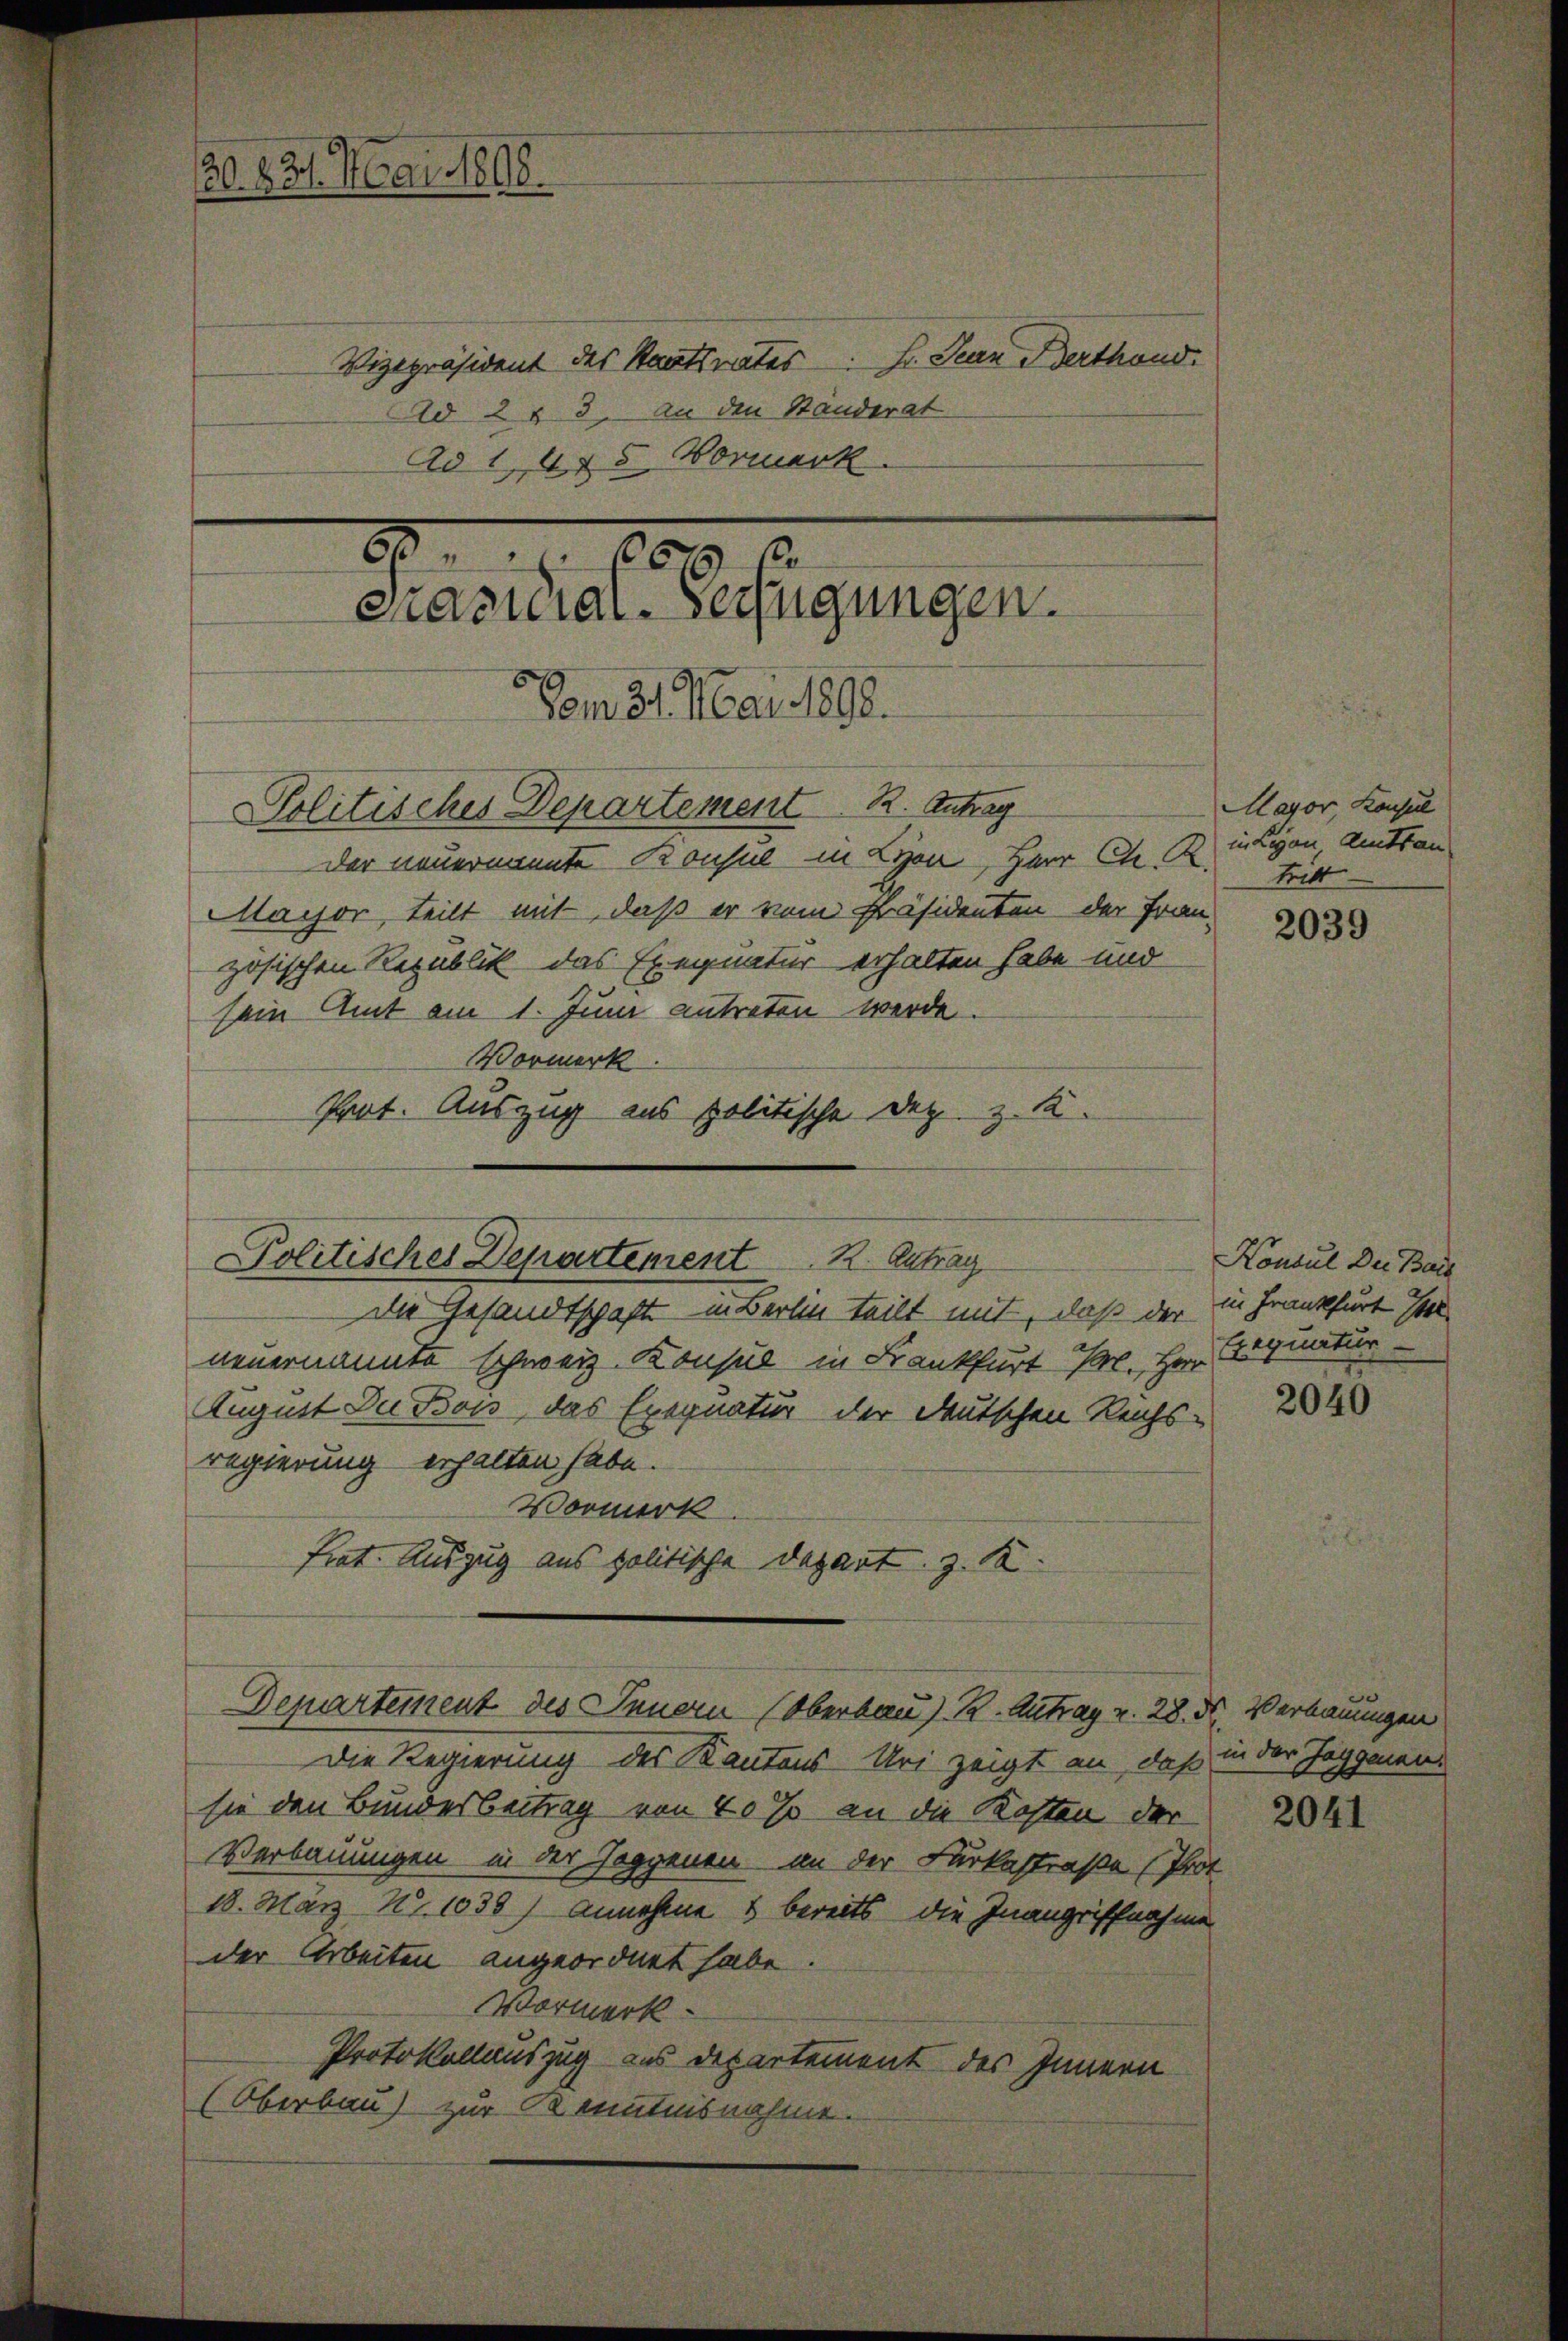
20. 831. Mai 1808.
Ad 283. An den Standerat
Ad 1, 475 Vormerk
 00
prasnial-Verfügungen.
vom 31. Mai 1890.
Politisches Departement R. Antrag
der neuernannte Konsul in Lyon, Herr Ch. R.

Mayor teilt mit, daß er vom Präsidenten der Frau-
zösischen Republik das Exegnatur erhalten habe und
sein Amt am 1. Juni antreten werde
Vormerk
Prot. Auszug aus politische Dez. z. K.

Politisches Departement 2. Antrag

Vizepräsident des Staatsrates Hr. Jean Berthand.

Die Gesandtschaft in Berlin teilt mit, daß der in Frankfurt
neuernannte schweiz. Konsul in Frankfurt Hr. Herr
August Du Bon, das Exequatur der deutschen Reichsregierung erhalten habe.
Vormerk.
frat. Auszug aus politische Depart z. K.

Denartement des Innern (Oberbau) R. Antrag v. 28. d. Verbauungen

Mayor, Konsul
in Legen Amtsan
Tritt

Die Regierung des Kantons Uri zeigt an, daß in der Jaggenansie den Bundesbeitrag von 40% an die Kosten der
Verbauungen in der Joggenen an der Ferkestraße (Prot
18. März No 1038) Annehme & bereits die Inangriffnahme
der Arbeiten angeordnet habe.
Vormerk
Protokollauszug aus Departement des Innern
(Oberbau) zur Kenntnisnahme.

2039

Konsul Der Bade
Ergnatur

2040

2041